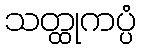
သတ္ထုကပ္ပံ